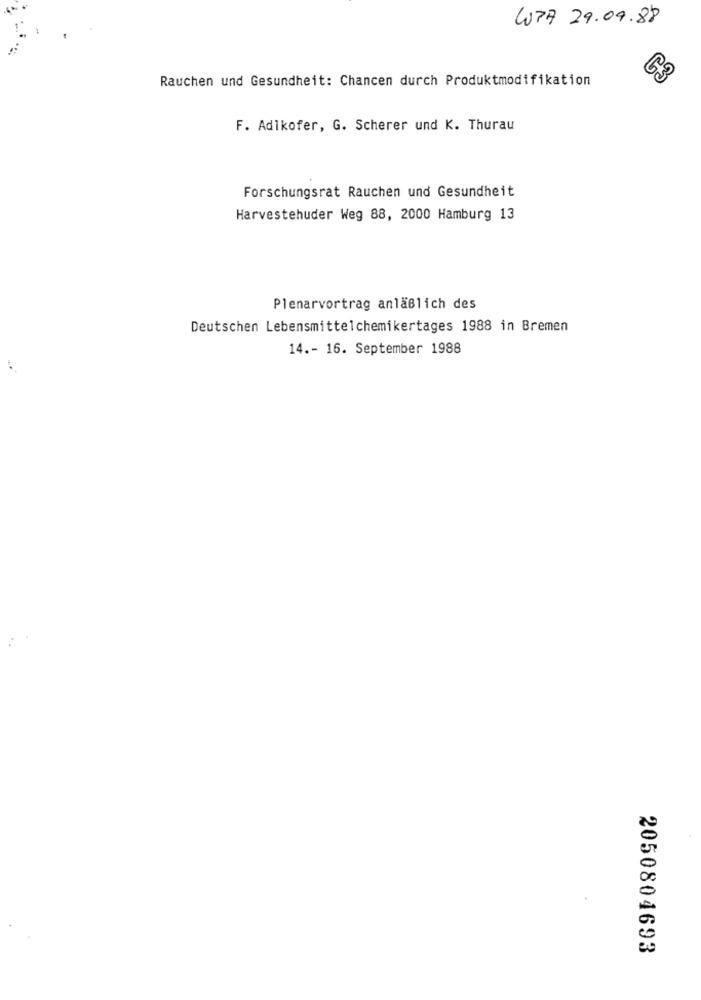
WPA 29.09.88
Rauchen und Gesundheit: Chancen durch Produktmodifikation
F. Adlkofer, G. Scherer und K. Thurau
Forschungsrat Rauchen und Gesundheit
Harvestehuder Weg 88, 2000 Hamburg 13
Plenarvortrag anläßlich des
Deutschen Lebensmittelchemikertages 1988 in Bremen
14 .- 16. September 1988
2050804693